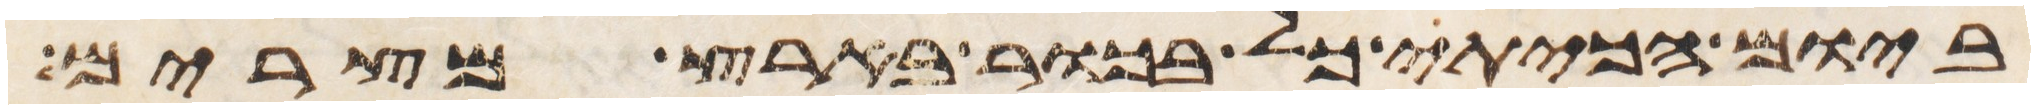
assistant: ביום הכיתי כל בכור בארץ מצרים